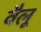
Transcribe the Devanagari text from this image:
वैलू